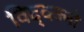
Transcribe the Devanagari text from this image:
विद्व्त्ज्नो